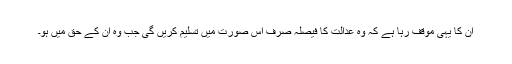
ان کا یہی موقف رہا ہے کہ وہ عدالت کا فیصلہ صرف اس صورت میں تسلیم کریں گی جب وہ ان کے حق میں ہو۔